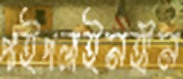
পাইপলাইনহীন